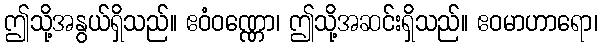
ဤသို့အနွယ်ရှိသည်။ ဧဝံဝဏ္ဏော၊ ဤသို့အဆင်းရှိသည်။ ဧဝမာဟာရော၊